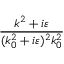
\frac { k ^ { 2 } + i \varepsilon } { ( k _ { 0 } ^ { 2 } + i \varepsilon ) ^ { 2 } k _ { 0 } ^ { 2 } }